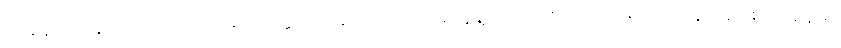
တချိန်က ရန်ကင်းကောလိပ်မှာ တက္ကသိုလ်ကျောင်းသားတွေနဲ့ အပြင်က ကျောင်းသားတွေ ရန်ဖြစ်ကြချိန်မှာ